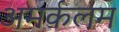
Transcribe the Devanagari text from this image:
अमर्कलम